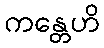
ကန္တေဟိ